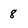
Character: 8